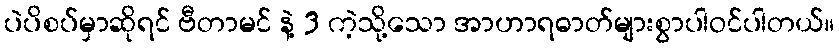
ပဲပိစပ်မှာဆိုရင် ဗီတာမင် နဲ့ 3 ကဲ့သို့သော အာဟာရဓာတ်များစွာပါဝင်ပါတယ်။